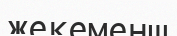
жекеменш